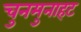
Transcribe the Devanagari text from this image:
चुनमुनाहट